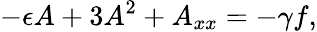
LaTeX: -\epsilon A+3A^{2}+A_{xx}=-\gamma f,